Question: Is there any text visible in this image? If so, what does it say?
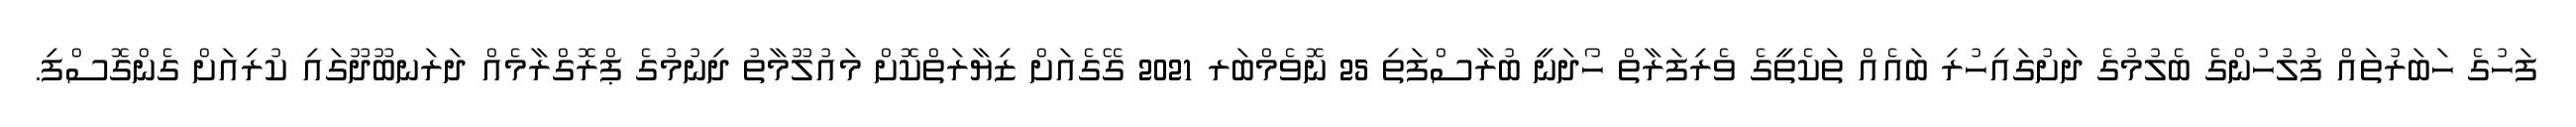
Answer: ފަހުގެ ހަބަރުތައް ފުލުހުންގެ ބެލުމުގެ ދަށުގައިހުރި ބައެއް ތަކެތީގެ ވެރިފަރާތް ހޯދަނީ ބުރާސްފަތި 25 ނޮވެމްބަރ 2021 ގޭގެއަށް ޒިޔާރަތްކޮށް މައުލޫމާތު ދިނުމުގެ ޕްރޮގްރާމެއް ދަރަނބޫދޫގައި ކުރިއަށް ގެންގޮސްފި.